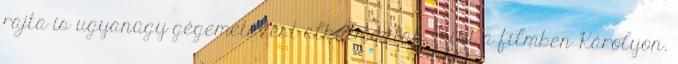
rajta is ugyanúgy gégemetszést alkalmaztak, mint a filmben Károlyon.